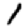
Digit: 1